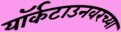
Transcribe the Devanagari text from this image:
यॉर्कटाउनवरच्या